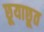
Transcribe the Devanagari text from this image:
छूयाछूत